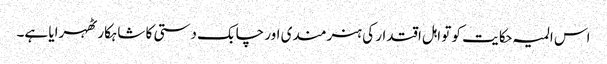
اس المیہ حکایت کو تو اہل اقتدار کی ہنرمندی اور چابک دستی کا شاہکار ٹھہرایا ہے۔